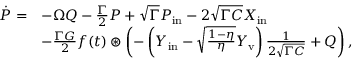
\begin{array} { r l } { \dot { P } = } & { - \Omega Q - \frac { \Gamma } { 2 } P + \sqrt { \Gamma } P _ { \mathrm { i n } } - 2 \sqrt { \Gamma C } X _ { \mathrm { i n } } } \\ & { - \frac { \Gamma G } { 2 } f ( t ) \circledast \left( - \left( Y _ { \mathrm { i n } } - \sqrt { \frac { 1 - \eta } { \eta } } Y _ { \mathrm { v } } \right) \frac { 1 } { 2 \sqrt { \Gamma C } } + Q \right) , } \end{array}